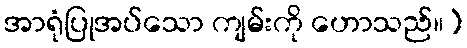
အာရုံပြုအပ်သော ကျမ်းကို ဟောသည်။)